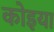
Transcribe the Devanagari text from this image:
कोइया